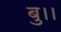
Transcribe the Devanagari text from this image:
बु।।